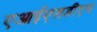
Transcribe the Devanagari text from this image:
एआईएसडीएम